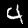
Digit: 4